Report of the Indian Hemp Drugs Commission, 1894-1895 - Volume VIII
Year: 1894
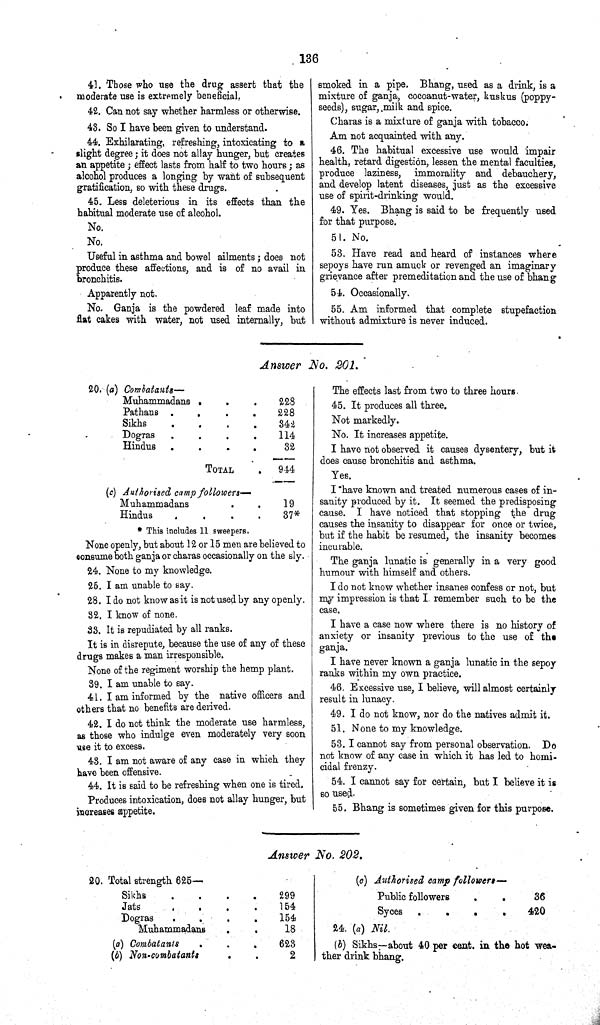
136
41. Those who use the drug assert that the
moderate use is extremely beneficial.
42. Can not say whether harmless or otherwise.
43. So I have been given to understand.
44. Exhilarating, refreshing, intoxicating to a
slight degree; it does not allay hunger, but creates
an appetite; effect lasts from half to two hours; as
alcohol produces a longing by want of subsequent
gratification, so with these drugs.
45. Less deleterious in its effects than the
habitual moderate use of alcohol.
No.
No.
Useful in asthma and bowel ailments; does not
produce these affections, and is of no avail in
bronchitis.
Apparently not.
No. Ganja is the powdered leaf made into
flat cakes with water, not used internally, but
smoked in a pipe. Bhang, used as a drink, is a
mixture of ganja, cocoanut-water, kuskus (poppy-
seeds), sugar, milk and spice.
Charas is a mixture of ganja with tobacco.
Am not acquainted with any.
46. The habitual excessive use would impair
health, retard digestion, lessen the mental faculties,
produce laziness, immorality and debauchery,
and develop latent diseases, just as the excessive
use of spirit-drinking would.
49. Yes. Bhang is said to be frequently used
for that purpose.
51. No.
53. Have read and heard of instances where
sepoys have run amuck or revenged an imaginary
grievance after premeditation and the use of bhang
54. Occasionally.
55. Am informed that complete stupefaction
without admixture is never induced.
Answer No. 201.
20. (a) Combatants—
Muhammadans
228
Pathans
228
Sikhs
342
Dogras
114
Hindus
32
TOTAL
944
(c) Authorised camp followers—
Muhammadans
19
Hindus
37*
* This includes 11 sweepers.
None openly, but about 12 or 15 men are believed to
consume both ganja or charas occasionally on the sly.
24. None to my knowledge.
25. I am unable to say.
28. I do not know as it is not used by any openly.
32. I know of none.
33. It is repudiated by all ranks.
It is in disrepute, because the use of any of these
drugs makes a man irresponsible.
None of the regiment worship the hemp plant.
39. I am unable to say.
41. I am informed by the native officers and
others that no benefits are derived.
42. I do not think the moderate use harmless,
as those who indulge even moderately very soon
use it to excess.
43. I am not aware of any case in which they
have been offensive.
44. It is said to be refreshing when one is tired.
Produces intoxication, does not allay hunger, but
increases appetite.
The effects last from two to three hours.
45. It produces all three.
Not markedly.
No. It increases appetite.
I have not observed it causes dysentery, but it
does cause bronchitis and asthma.
Yes.
I have known and treated numerous cases of in¬
sanity produced by it. It seemed the predisposing
cause. I have noticed that stopping the drug
causes the insanity to disappear for once or twice,
but if the habit be resumed, the insanity becomes
incurable.
The ganja lunatic is generally in a very good
humour with himself and others.
I do not know whether insanes confess or not, but
my impression is that I remember such to be the
case.
I have a case now where there is no history of
anxiety or insanity previous to the use of the
ganja.
I have never known a ganja lunatic in the sepoy
ranks within my own practice.
46. Excessive use, I believe, will almost certainly
result in lunacy.
49. I do not know, nor do the natives admit it.
51. None to my knowledge.
53. I cannot say from personal observation. Do
not know of any case in which it has led to homi¬
cidal frenzy.
54. I cannot say for certain, but I believe it is
so used.
55. Bhang is sometimes given for this purpose.
Answer No. 202.
20. Total strength 625—
Sikhs
299
Jats
154
Dogras
154
Muhammadans
18
(a) Combatants
623
(b) Non-combatants
2
(c) Authorised camp followers—
Public followers
36
Syces
420
24. (a) Nil.
(b) Sikhs—about 40 per cent. in the hot wea¬
ther drink bhang.